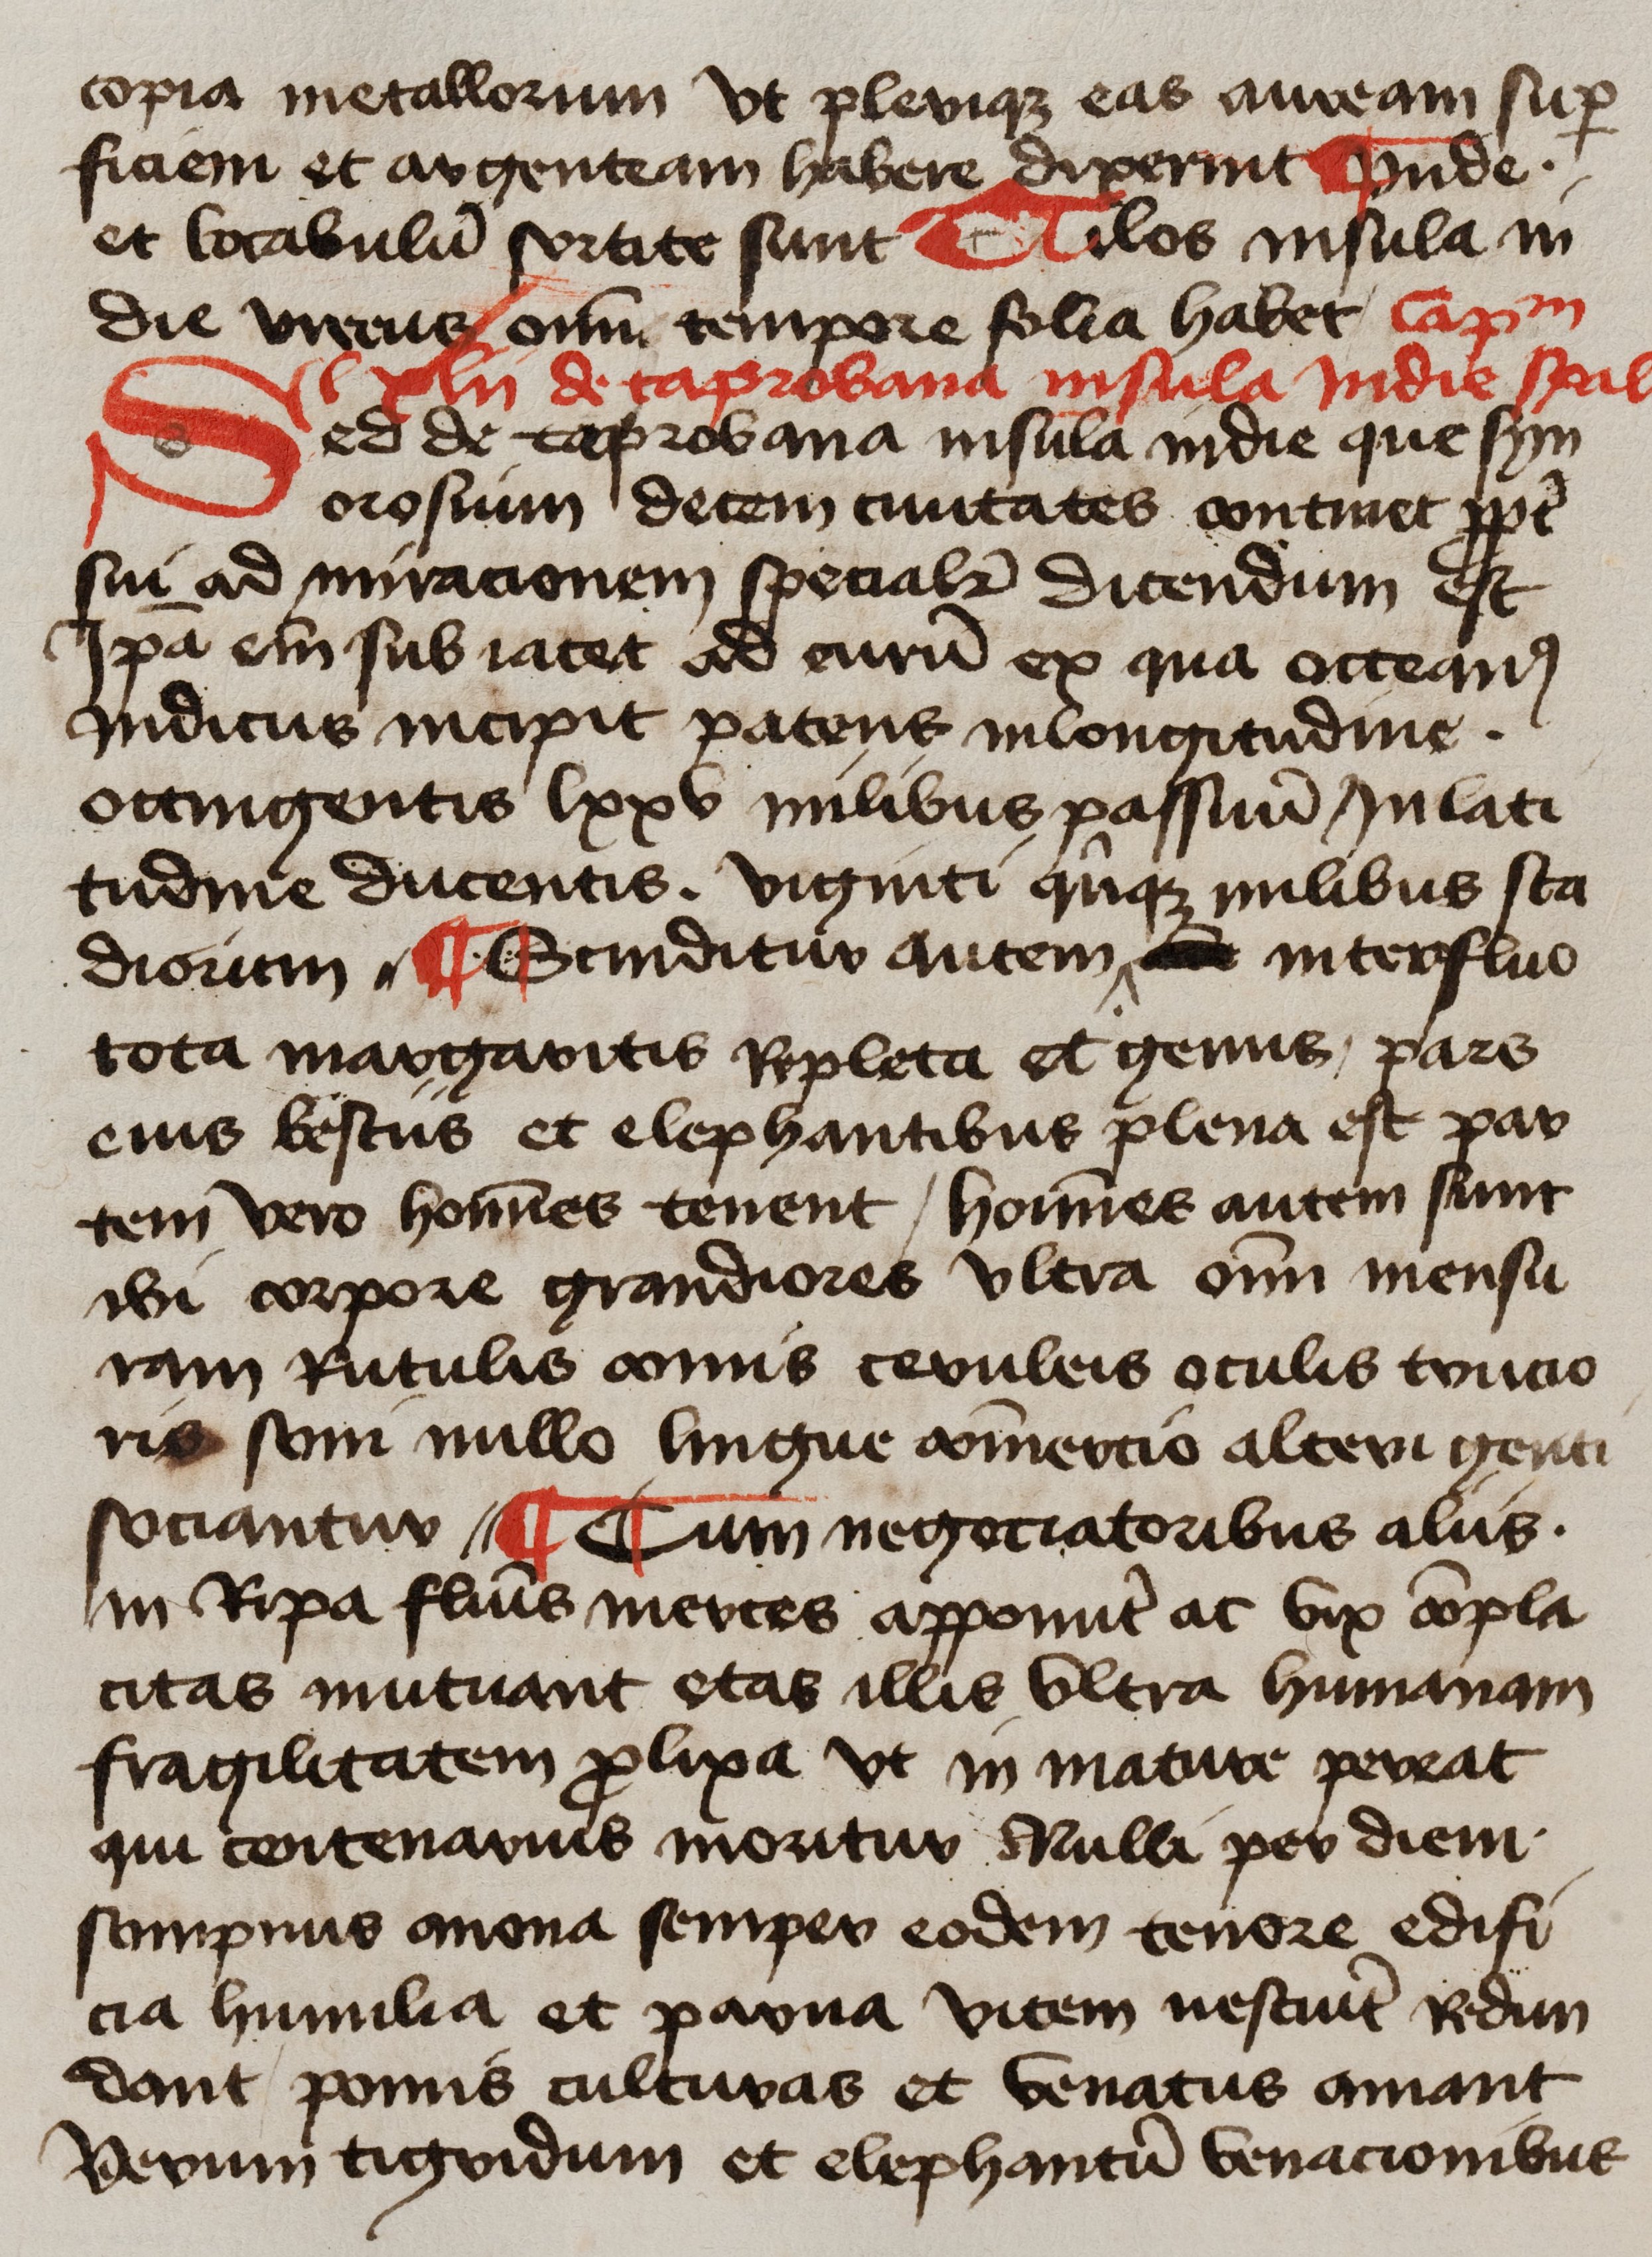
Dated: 1425–1449